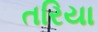
તરિયા